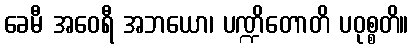
ခေမီ အဝေရီ အဘယော၊ ပဏ္ဍိတောတိ ပဝုစ္စတိ။